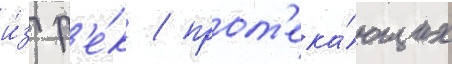
и́з р'е́к / прот'ека́ющих